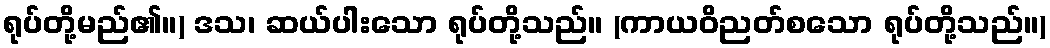
ရုပ်တို့မည်၏။) ဒသ၊ ဆယ်ပါးသော ရုပ်တို့သည်။ (ကာယဝိညတ်စသော ရုပ်တို့သည်။)